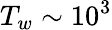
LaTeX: T_{w}\sim 10^{3}